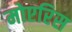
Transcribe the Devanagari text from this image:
मोएरिस